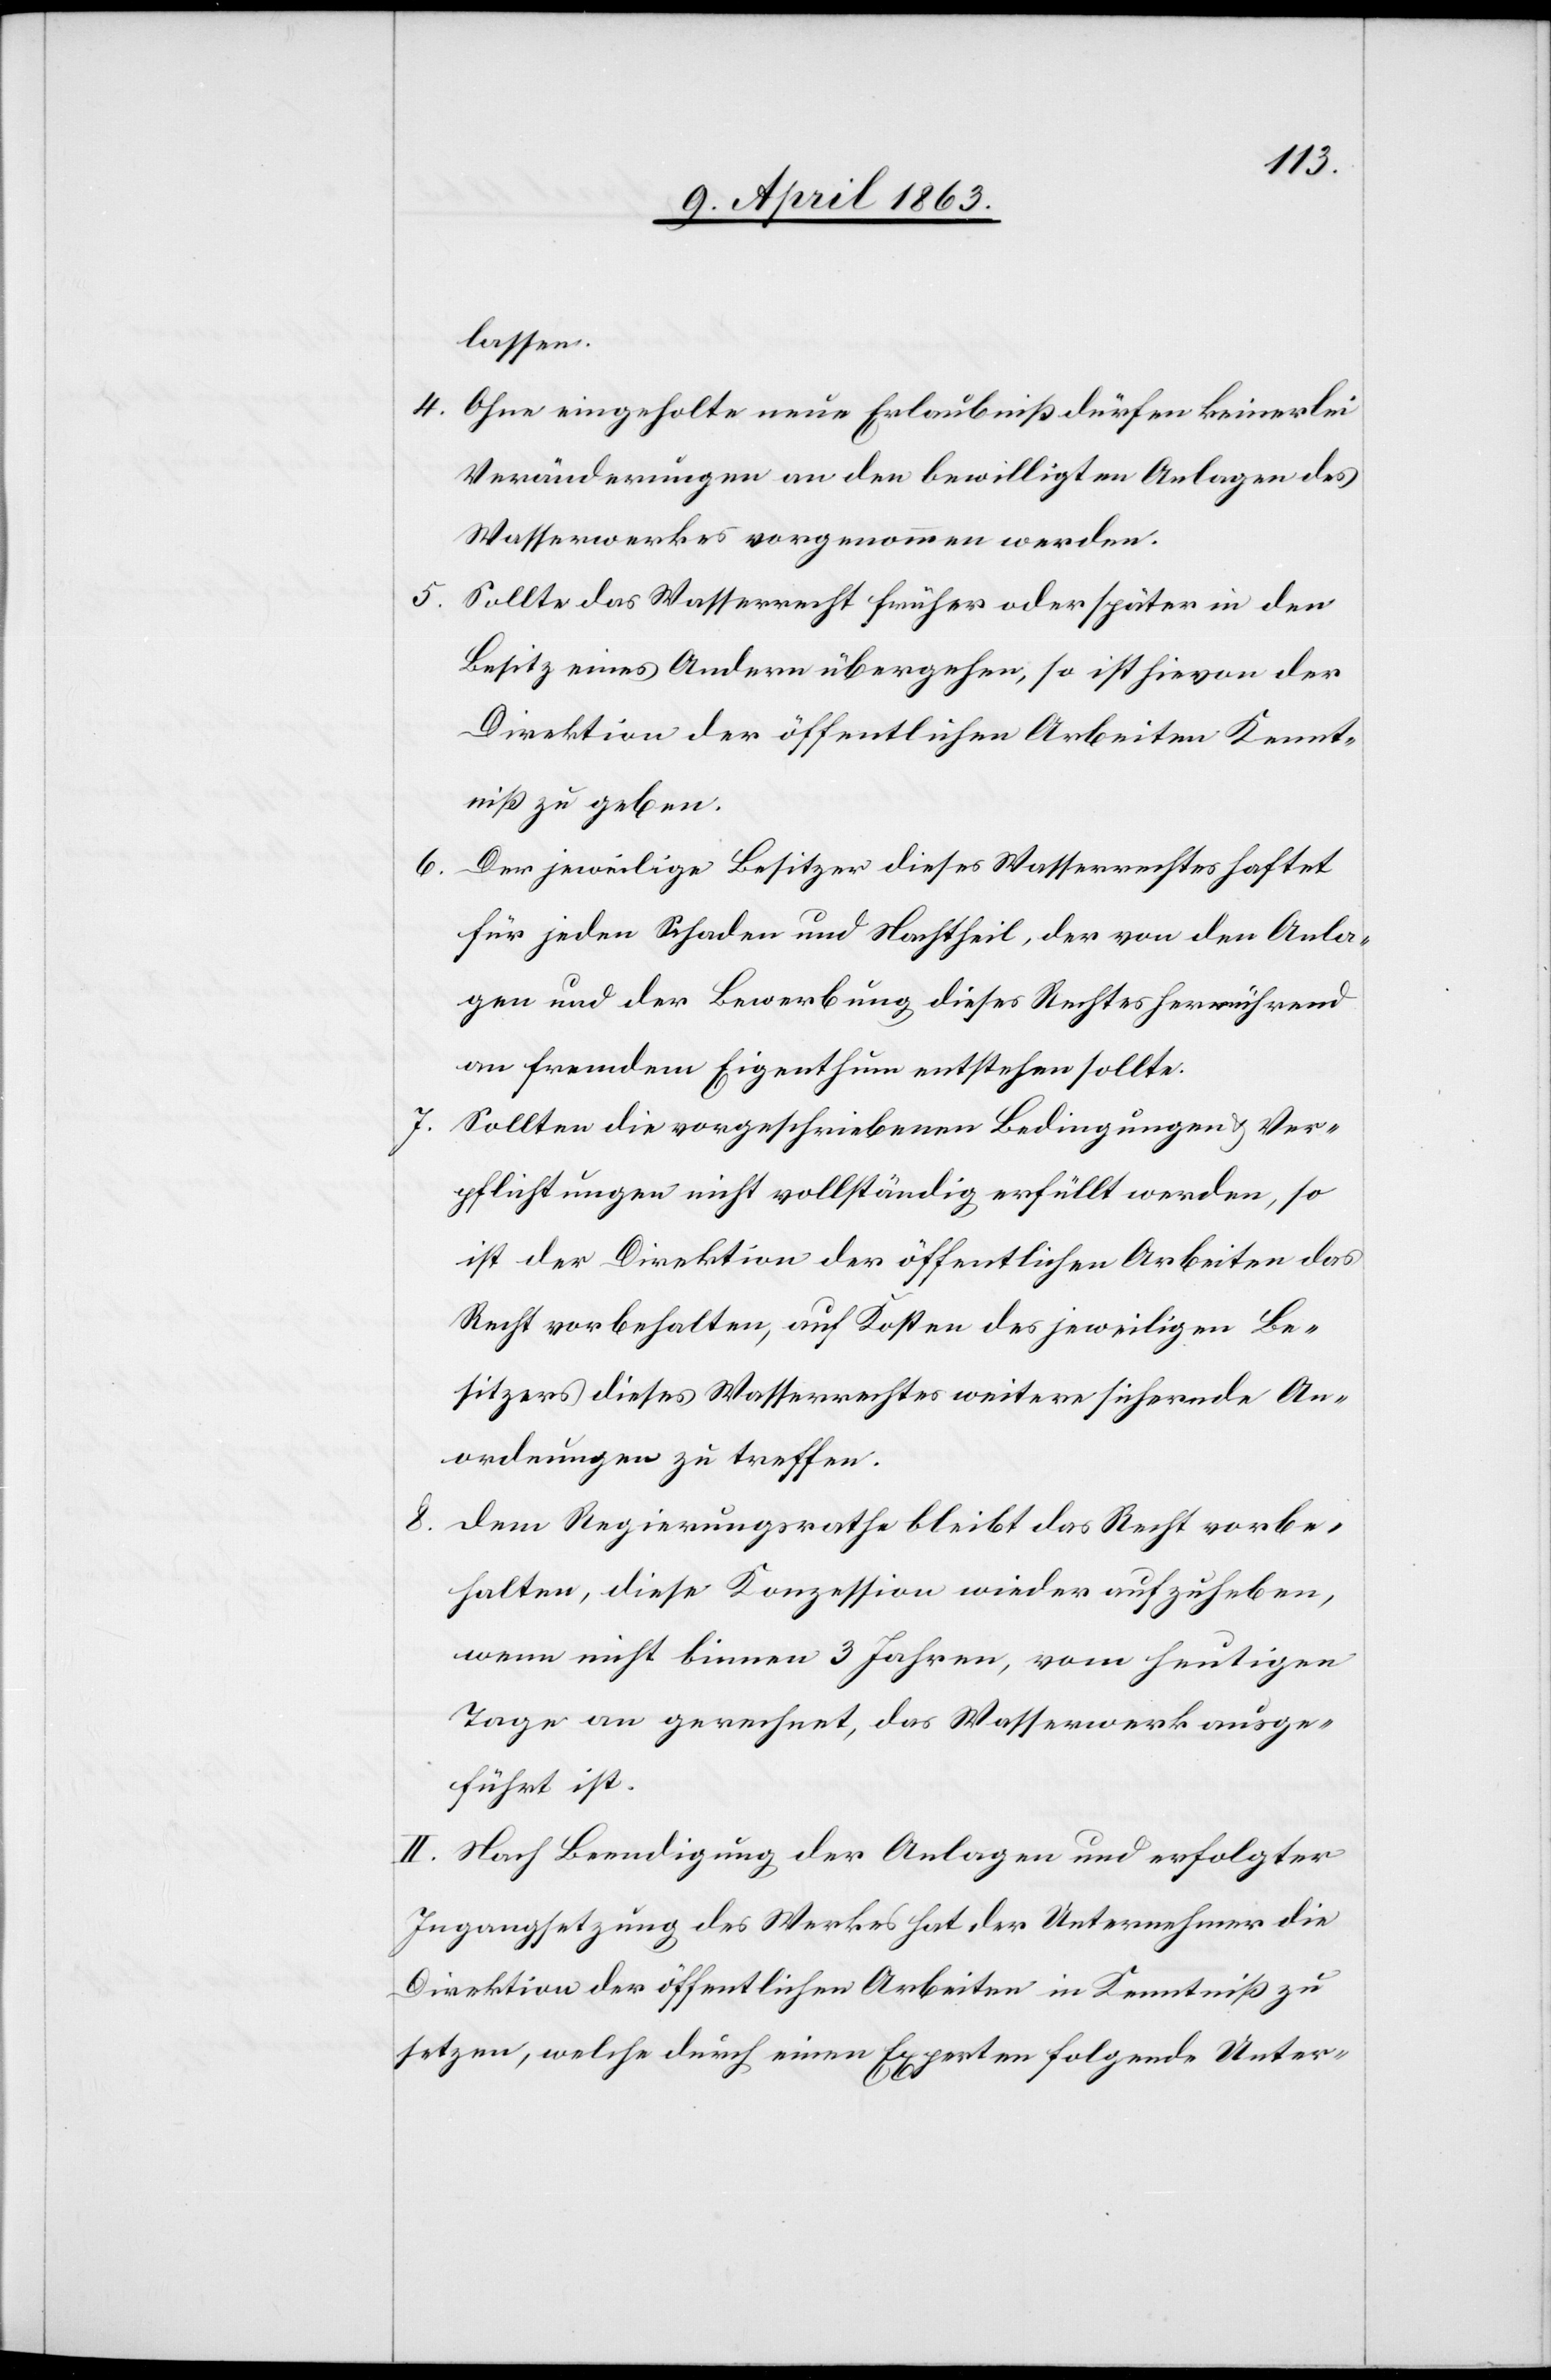
lassen.
4. Ohne eingeholte neue Erlaubniß dürfen keinerlei
Veränderungen an den bewilligten Anlagen des
Wasserwerkes vorgenommen werden.
5.
Sollte das Wasserrecht früher oder später in den
Besitz eines Andern übergehen, so ist hievon der
Direktion der öffentlichen Arbeiten Kennt¬
niß zu geben.
6. Der jeweilige Besitzer dieses Wasserrechtes haftet
für jeden Schaden und Nachtheil, der von den Anla¬
gen und der Bewerbung dieses Rechtes herrührend
an fremdem Eigenthum entstehen sollte.
7. Sollten die vorgeschriebenen Bedingungen & Ver¬
pflichtungen nicht vollständig erfüllt werden, so
ist der Direktion der öffentlichen Arbeiten das
Recht vorbehalten, auf Kosten des jeweiligen Be¬
sitzers dieses Wasserrechtes weitere sichernde An¬
ordnungen zu treffen.
8. Dem Regierungsrathe bleibt das Recht vorbe¬
halten, diese Konzession wieder aufzuheben,
wenn nicht binnen 3 Jahren, vom heutigen
Tage an gerechnet, das Wasserwerk ausge¬
führt ist.
II. Nach Beendigung der Anlagen und erfolgter
Ingangsetzung des Werkes hat der Unternehmer die
Direktion der öffentlichen Arbeiten in Kenntniß zu
setzen, welche durch einen Experten folgende Unter-